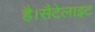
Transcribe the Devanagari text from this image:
है।सैटेलाइट